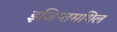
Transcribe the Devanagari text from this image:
इजिप्तमधिल